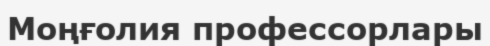
Моңғолия профессорлары